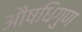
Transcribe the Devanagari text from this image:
औषधिगुण